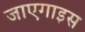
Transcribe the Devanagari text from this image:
जाएगाइस